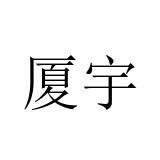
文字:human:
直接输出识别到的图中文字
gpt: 厦宇